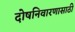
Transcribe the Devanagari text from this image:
दोषनिवारणासाठी